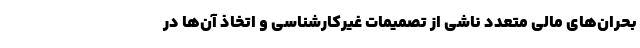
بحران‌های مالی متعدد ناشی از تصمیمات غیرکارشناسی و اتخاذ آن‌ها در